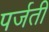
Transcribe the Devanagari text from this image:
पर्जती